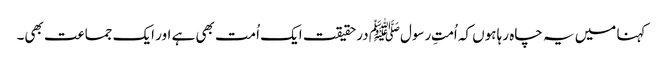
کہنا میں یہ چاہ رہا ہوں کہ اُمتِ رسولﷺ درحقیقت ایک اُمت بھی ہے اور ایک جماعت بھی۔